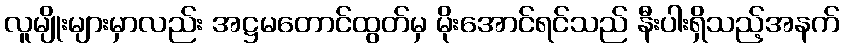
လူမျိုးများမှာလည်း အဋ္ဌမတောင်ထွတ်မှ မိုးအောင်ရင်သည် နီးပါးရှိသည့်အနက်